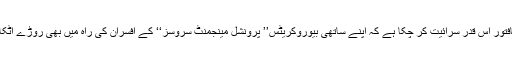
ان افسران میں حاکمیت کافتور اس قدر سرائیت کر چکا ہے کہ اپنے ساتھی بیوروکریٹس’’ پرونشل مینجمنٹ سروسز‘‘ کے افسران کی راہ میں بھی روڑے اٹکانے سے بعض نہیں آتے۔